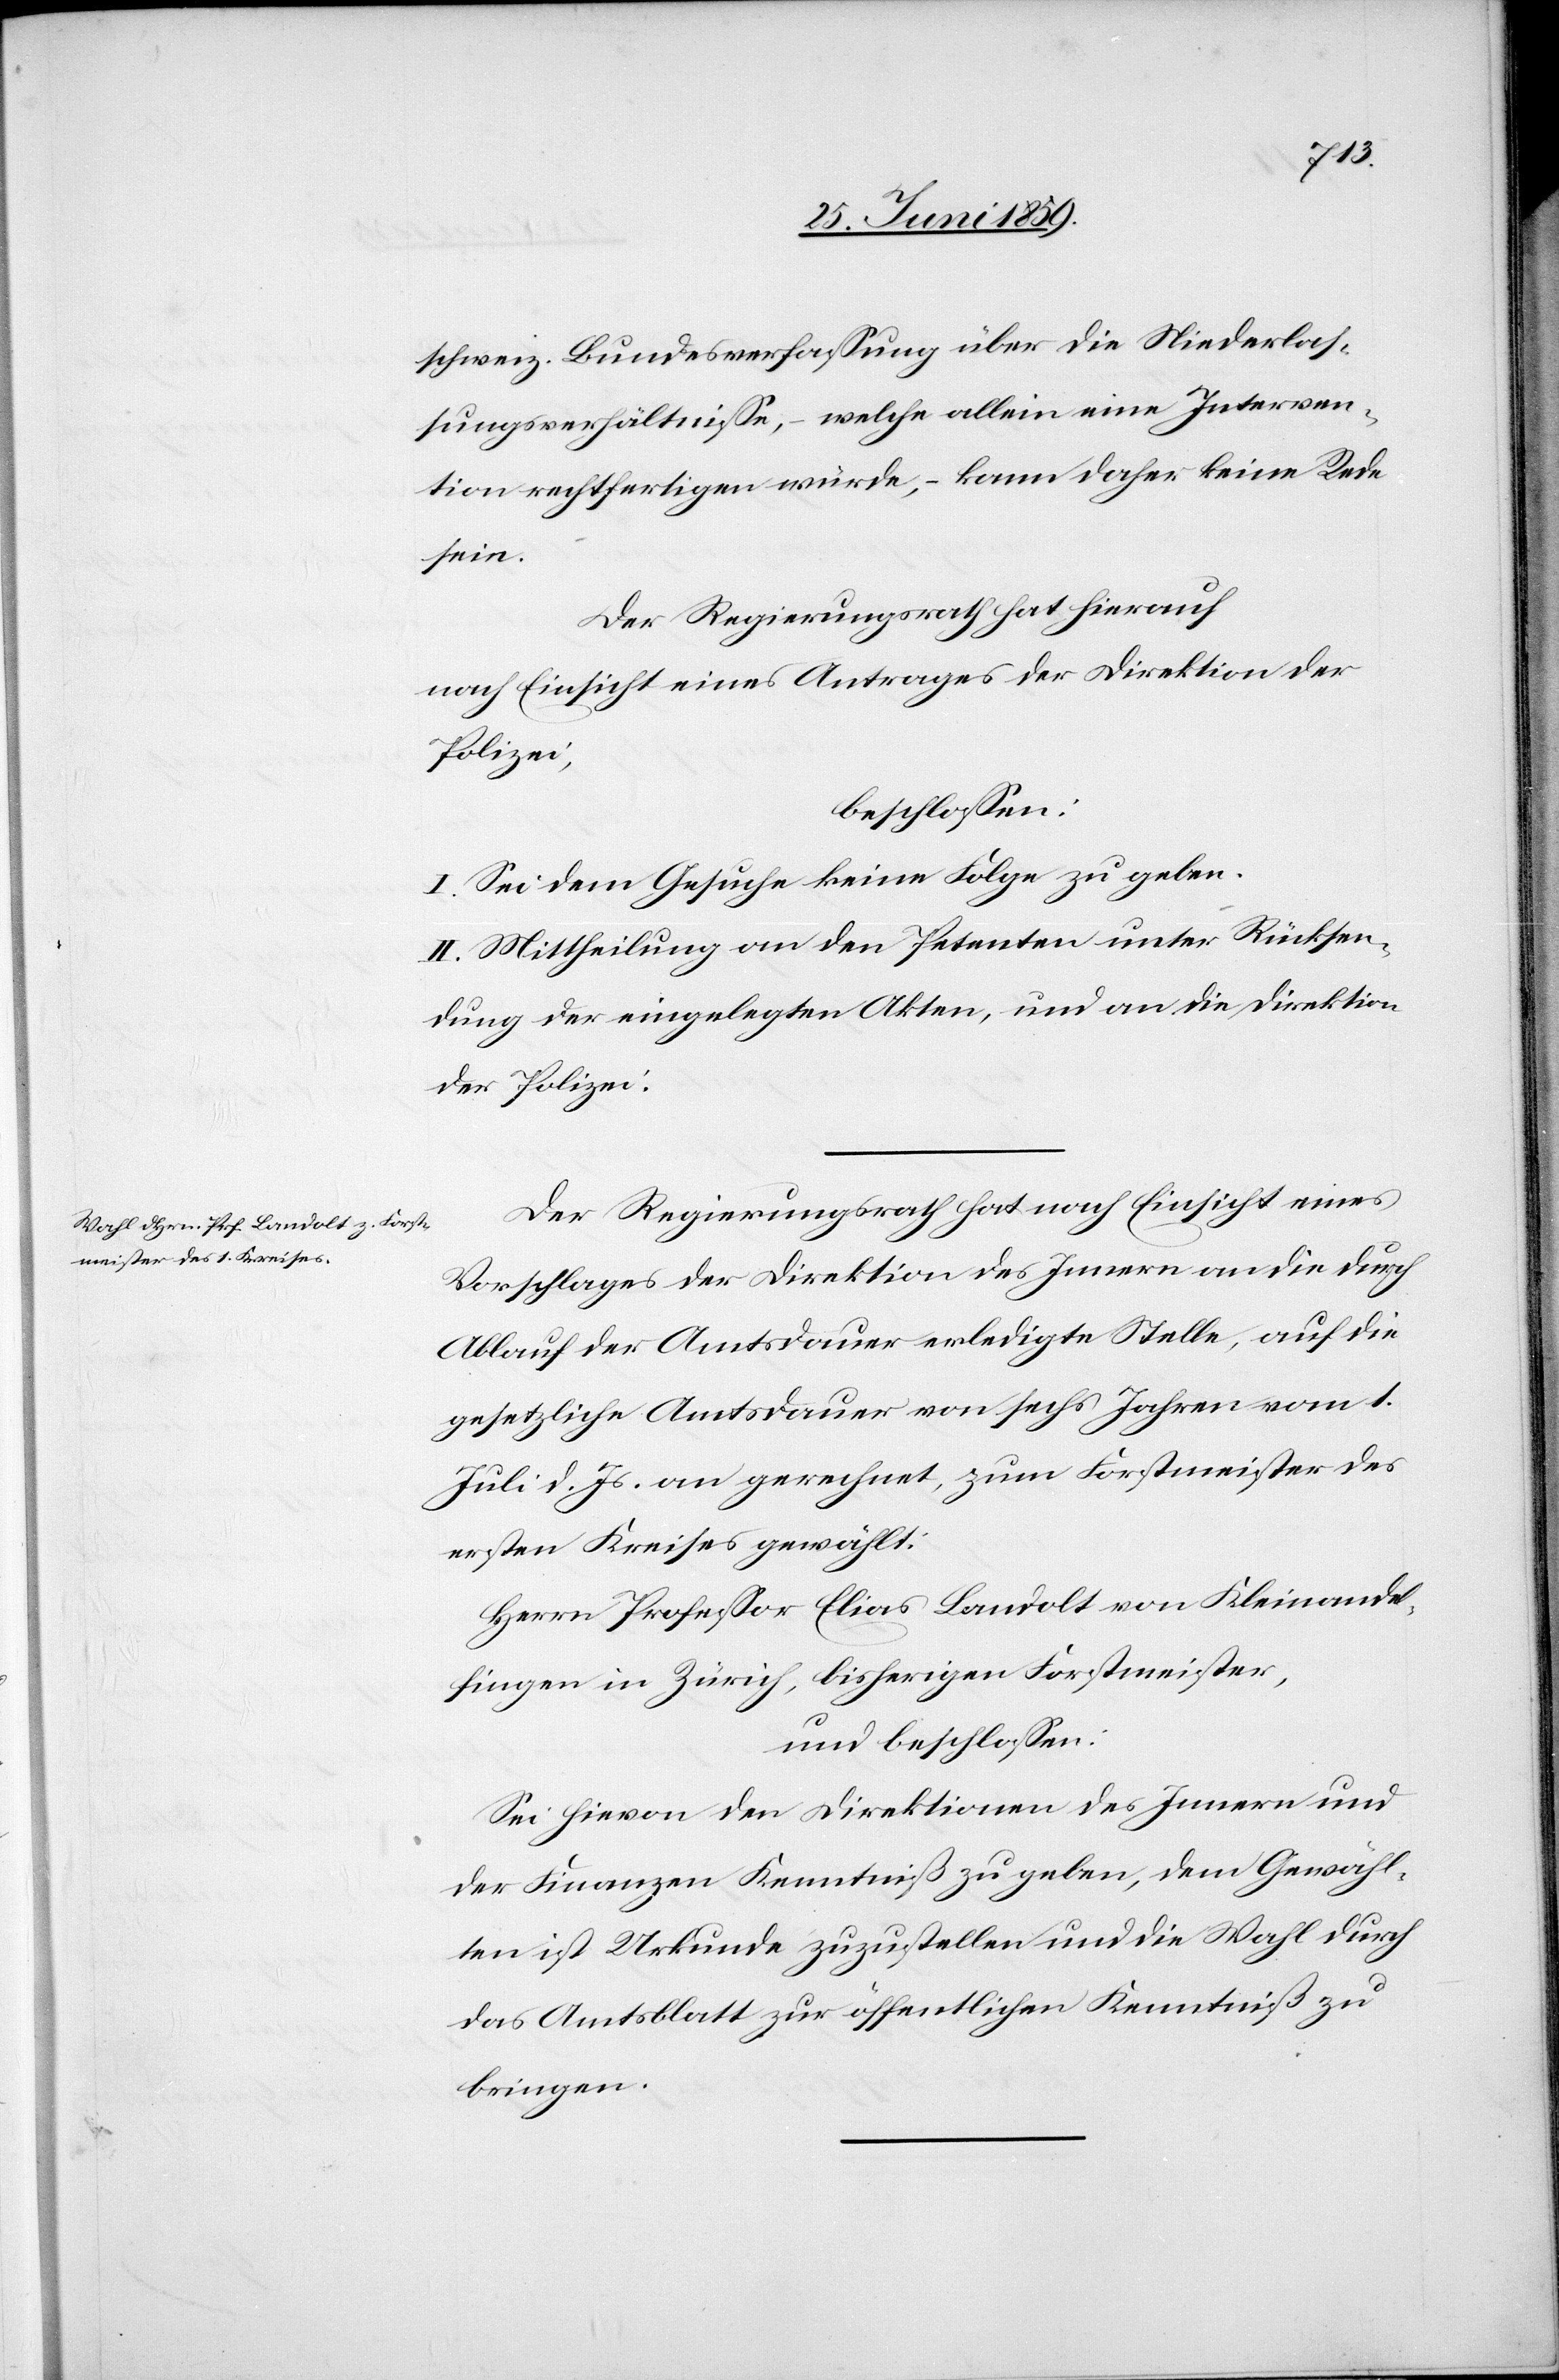
schweiz. Bundesverfassung über die Niederlas¬
sungsverhältnisse, – welche allein eine Interven¬
tion rechtfertigen würde, – kann daher keine Rede
sein.
Der Regierungsrath hat hierauf
nach Einsicht eines Antrages der Direktion der
Polizei,
beschlossen:
I. Sei dem Gesuche keine Folge zu geben.
II. Mittheilung an den Petenten unter Rücksen¬
dung der eingelegten Akten, und an die Direktion
der Polizei.
Der Regierungsrath hat nach Einsicht eines
Vorschlages der Direktion des Innern an die durch
Ablauf der Amtsdauer erledigte Stelle, auf die
gesetzliche Amtsdauer von sechs Jahren vom 1.
Juli d. Js. an gerechnet, zum Forstmeister des
ersten Kreises gewählt:
Herr Professor Elias Landolt von Kleinandel¬
fingen in Zürich, bisherigen Forstmeister,
und beschlossen:
Sei hievon den Direktionen des Innern und
der Finanzen Kenntniß zu geben, dem Gewähl¬
ten ist Urkunde zuzustellen und die Wahl durch
das Amtsblatt zur öffentlichen Kenntniß zu
bringen.